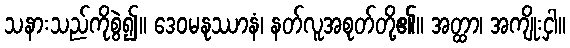
သနားသည်ကိုစွဲ၍။ ဒေဝမနုဿာနံ၊ နတ်လူအစုတ်တို့၏။ အတ္ထာ၊ အကျိုးငှါ။